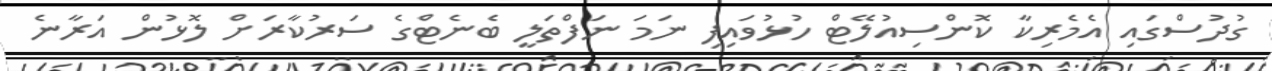
ގުދުސްގައި އެމެރިކާ ކޮންސިއުލޭޓް ހުޅުވައިފި ނަމަ ނަފްތަލީ ބެނެޓްގެ ސަރުކާރަށް ލޮޅުން އަރާނެ